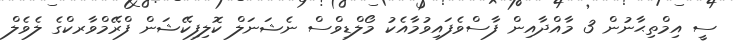
ސީ އިމްތިޙާނުން 3 މާއްދާއިން ފާސްވެފައިވުމާއެކު މޯލްޑިވްސް ނެޝަނަލް ކޮލިފިކޭޝަން ފްރޭމްވާރކްގެ ލެވެލް